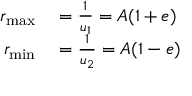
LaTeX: \begin{array} { r l } { r _ { \mathrm { m a x } } } & { { } = { \frac { 1 } { u _ { 1 } } } = A ( 1 + e ) } \\ { r _ { \mathrm { m i n } } } & { { } = { \frac { 1 } { u _ { 2 } } } = A ( 1 - e ) } \end{array}